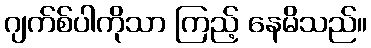
ဂျက်စ်ပါကိုသာ ကြည့် နေမိသည်။